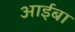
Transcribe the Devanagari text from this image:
आईबा